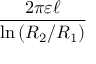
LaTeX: \frac { 2 \pi \varepsilon \ell } { \ln \left( R _ { 2 } / R _ { 1 } \right) }